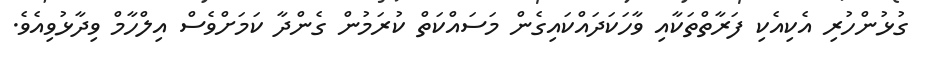
ގުޅުންހުރި އެކިއެކި ފަރާތްތަކާއި ވާހަކަދައްކައިގެން މަސައްކަތް ކުރަމުން ގެންދާ ކަމަށްވެސް އިލްހާމް ވިދާޅުވިއެވެ.